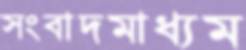
সংবাদমাধ্যম